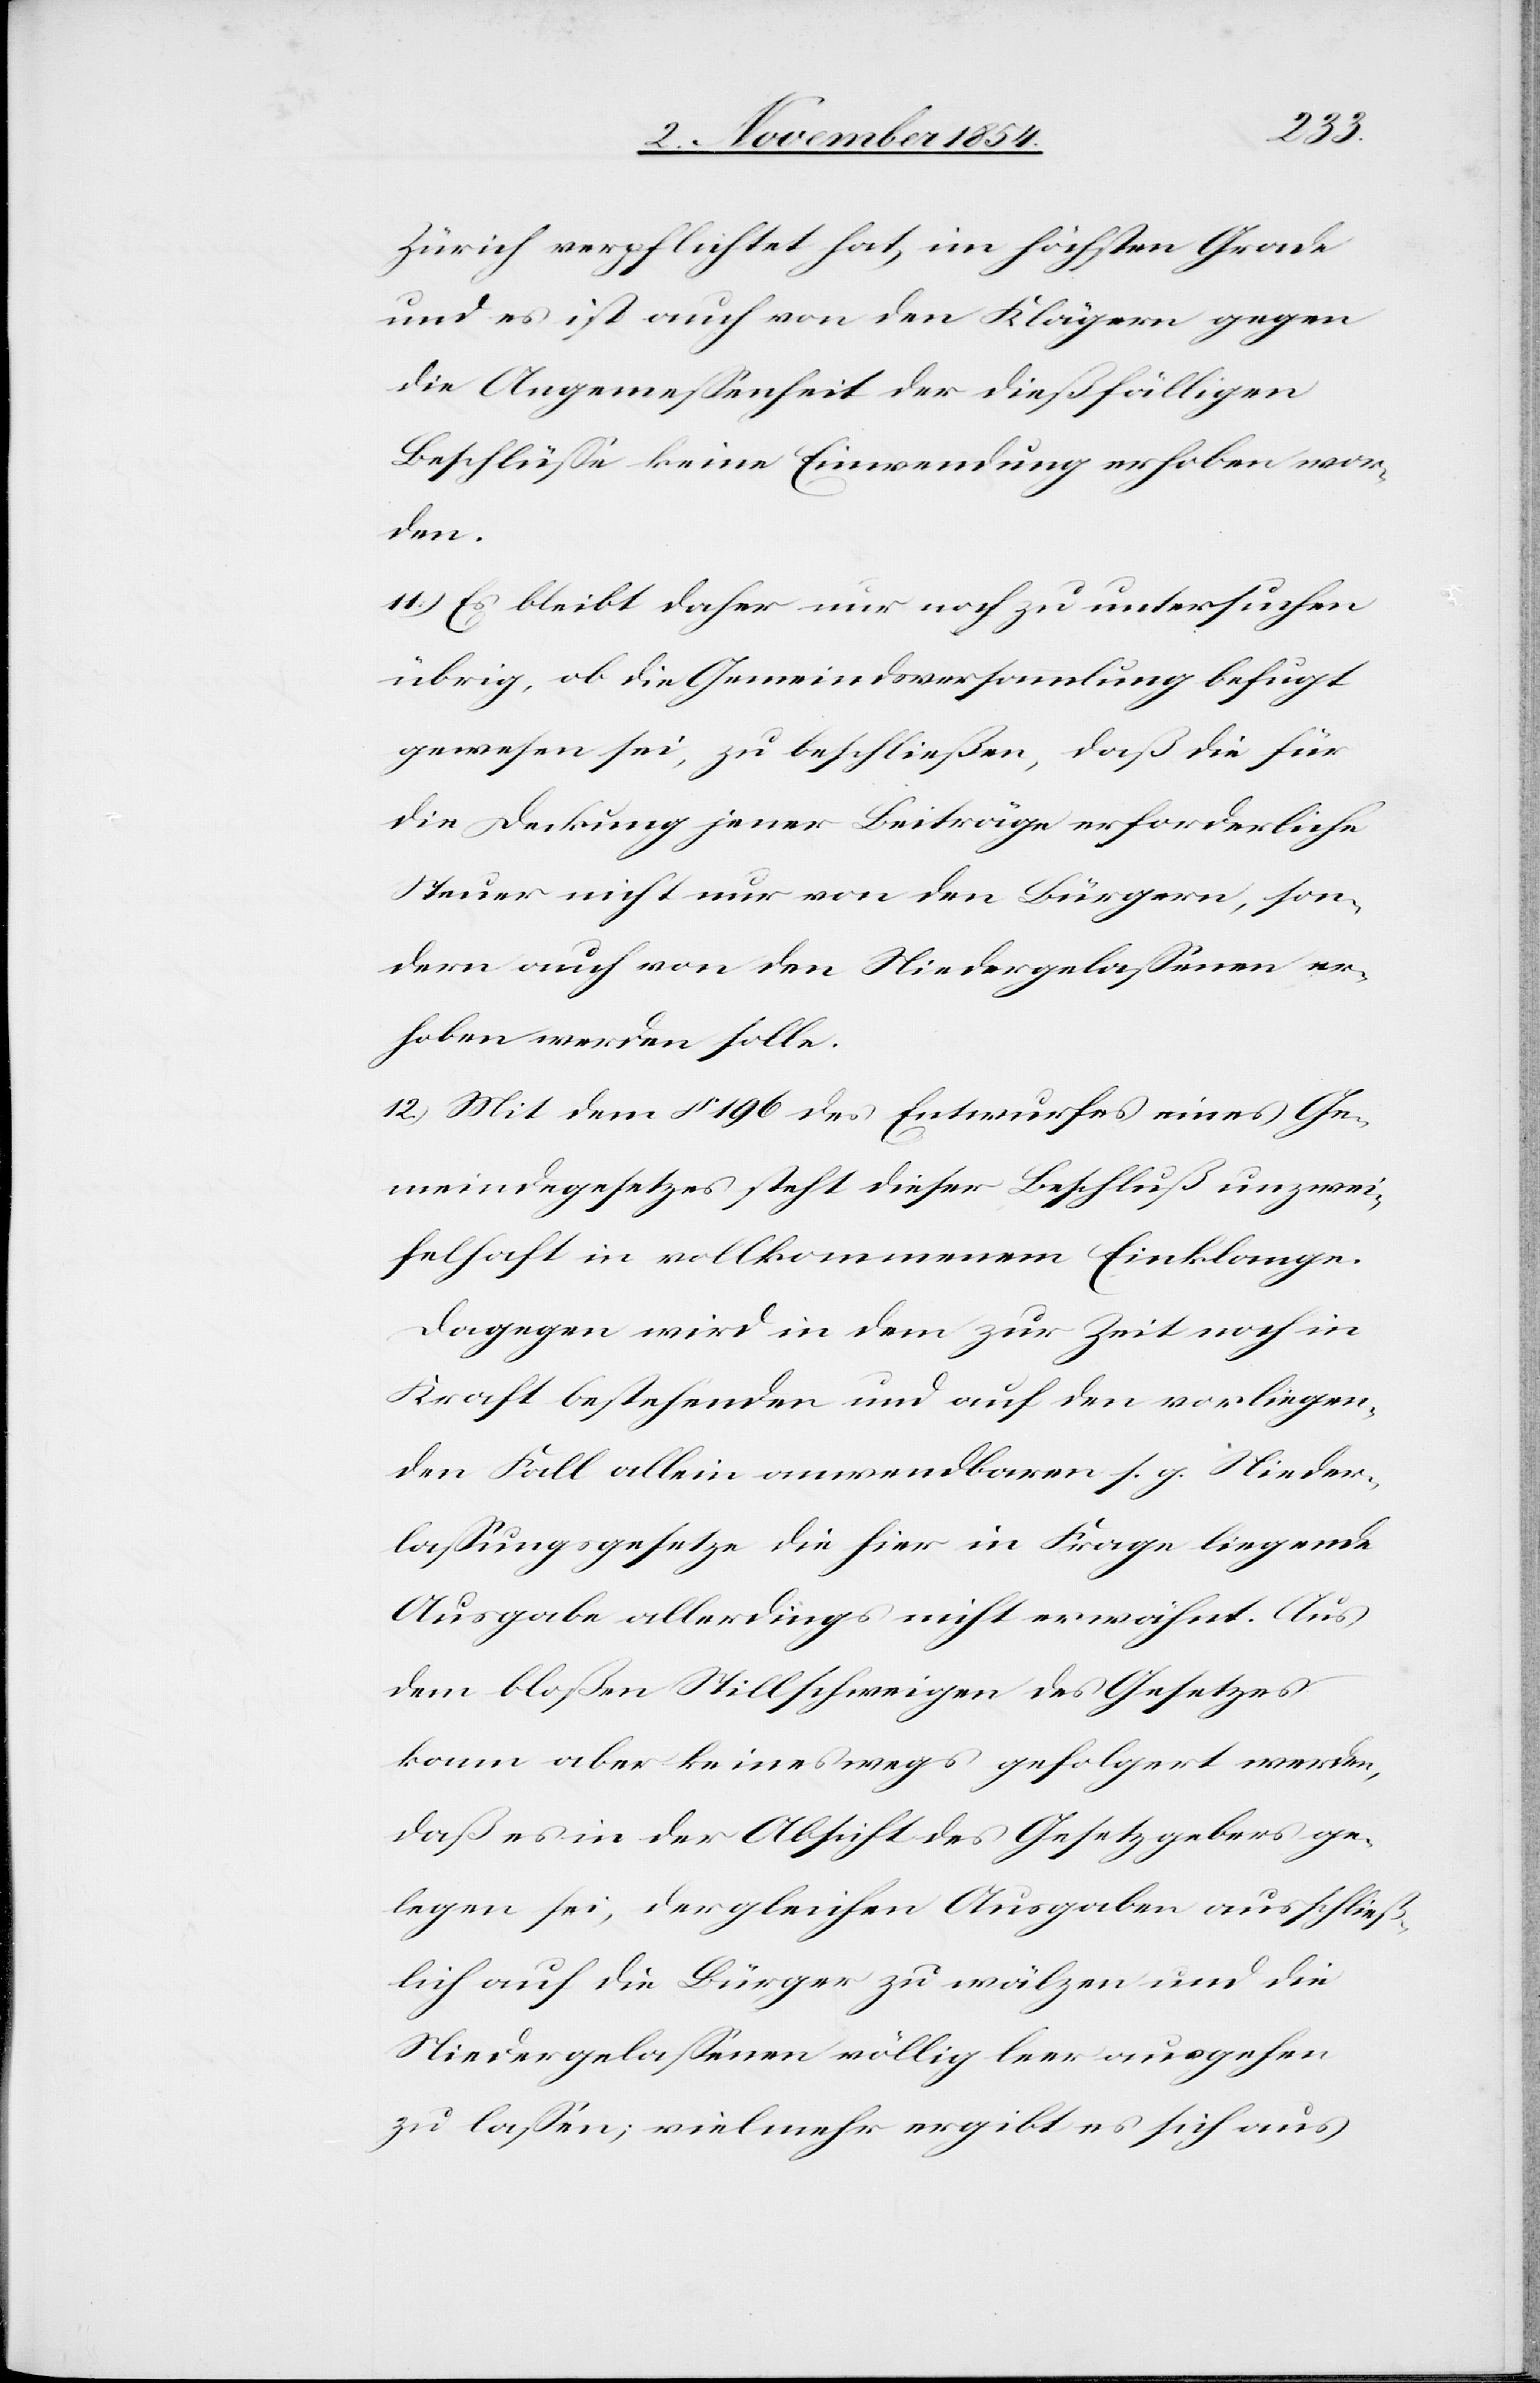
Zürich verpflichtet hat, im höchsten Grade
und es ist auch von den Klägern gegen
die Angemeßenheit der dießfälligen
Beschlüße keine Einwendung erhoben wor¬
den.
11.) Es bleibt daher nur noch zu untersuchen
übrig, ob die Gemeindsversammlung befugt
gewesen sei, zu beschließen, daß die für
die Deckung jener Beiträge erforderliche
Steuer nicht nur von den Bürgern, son¬
dern auch von den Niedergelaßenen er¬
hoben werden solle.
12.) Mit dem § 196 des Entwurfes eines Ge¬
meindegesetzes steht dieser Beschluß unzwei¬
felhaft in vollkommenem Einklage.
Dagegen wird in dem zur Zeit noch in
Kraft bestehenden und auf den vorliegen¬
den Fall allein anwendbaren s. g. Nieder¬
laßungsgesetze die hier in Frage liegende
Ausgabe allerdings nicht erwähnt. Aus
dem bloßen Stillschweigen des Gesetzes
kann aber keineswegs gefolgert werden,
daß es in der Absicht des Gesetzgebers ge¬
legen sei, dergleichen Ausgaben ausschließ¬
lich auf die Bürger zu wälzen und die
Niedergelaßenen völlig leer ausgehen
zu laßen; vielmehr ergibt es sich aus